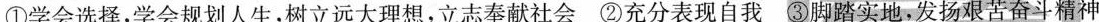
①学会选择，学会规划人生，树立远大理想，立志奉献社会 ②充分表现自我 ③脚踏实地，发扬艰苦奋斗精神